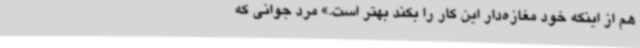
هم از اینکه خود مغازه‌دار این کار را بکند بهتر است.» مرد جوانی که